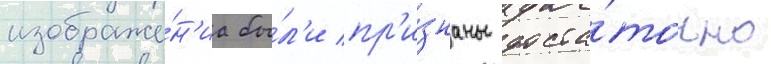
изображе́н'иа бы́л'и пр'и́знаны доста́точно